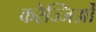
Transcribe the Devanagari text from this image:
करेज्जिओं